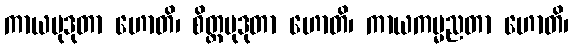
ကာယမုဒုတာ ဟောတိ၊ စိတ္တမုဒုတာ ဟောတိ၊ ကာယကမ္မညတာ ဟောတိ၊